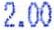
2.00